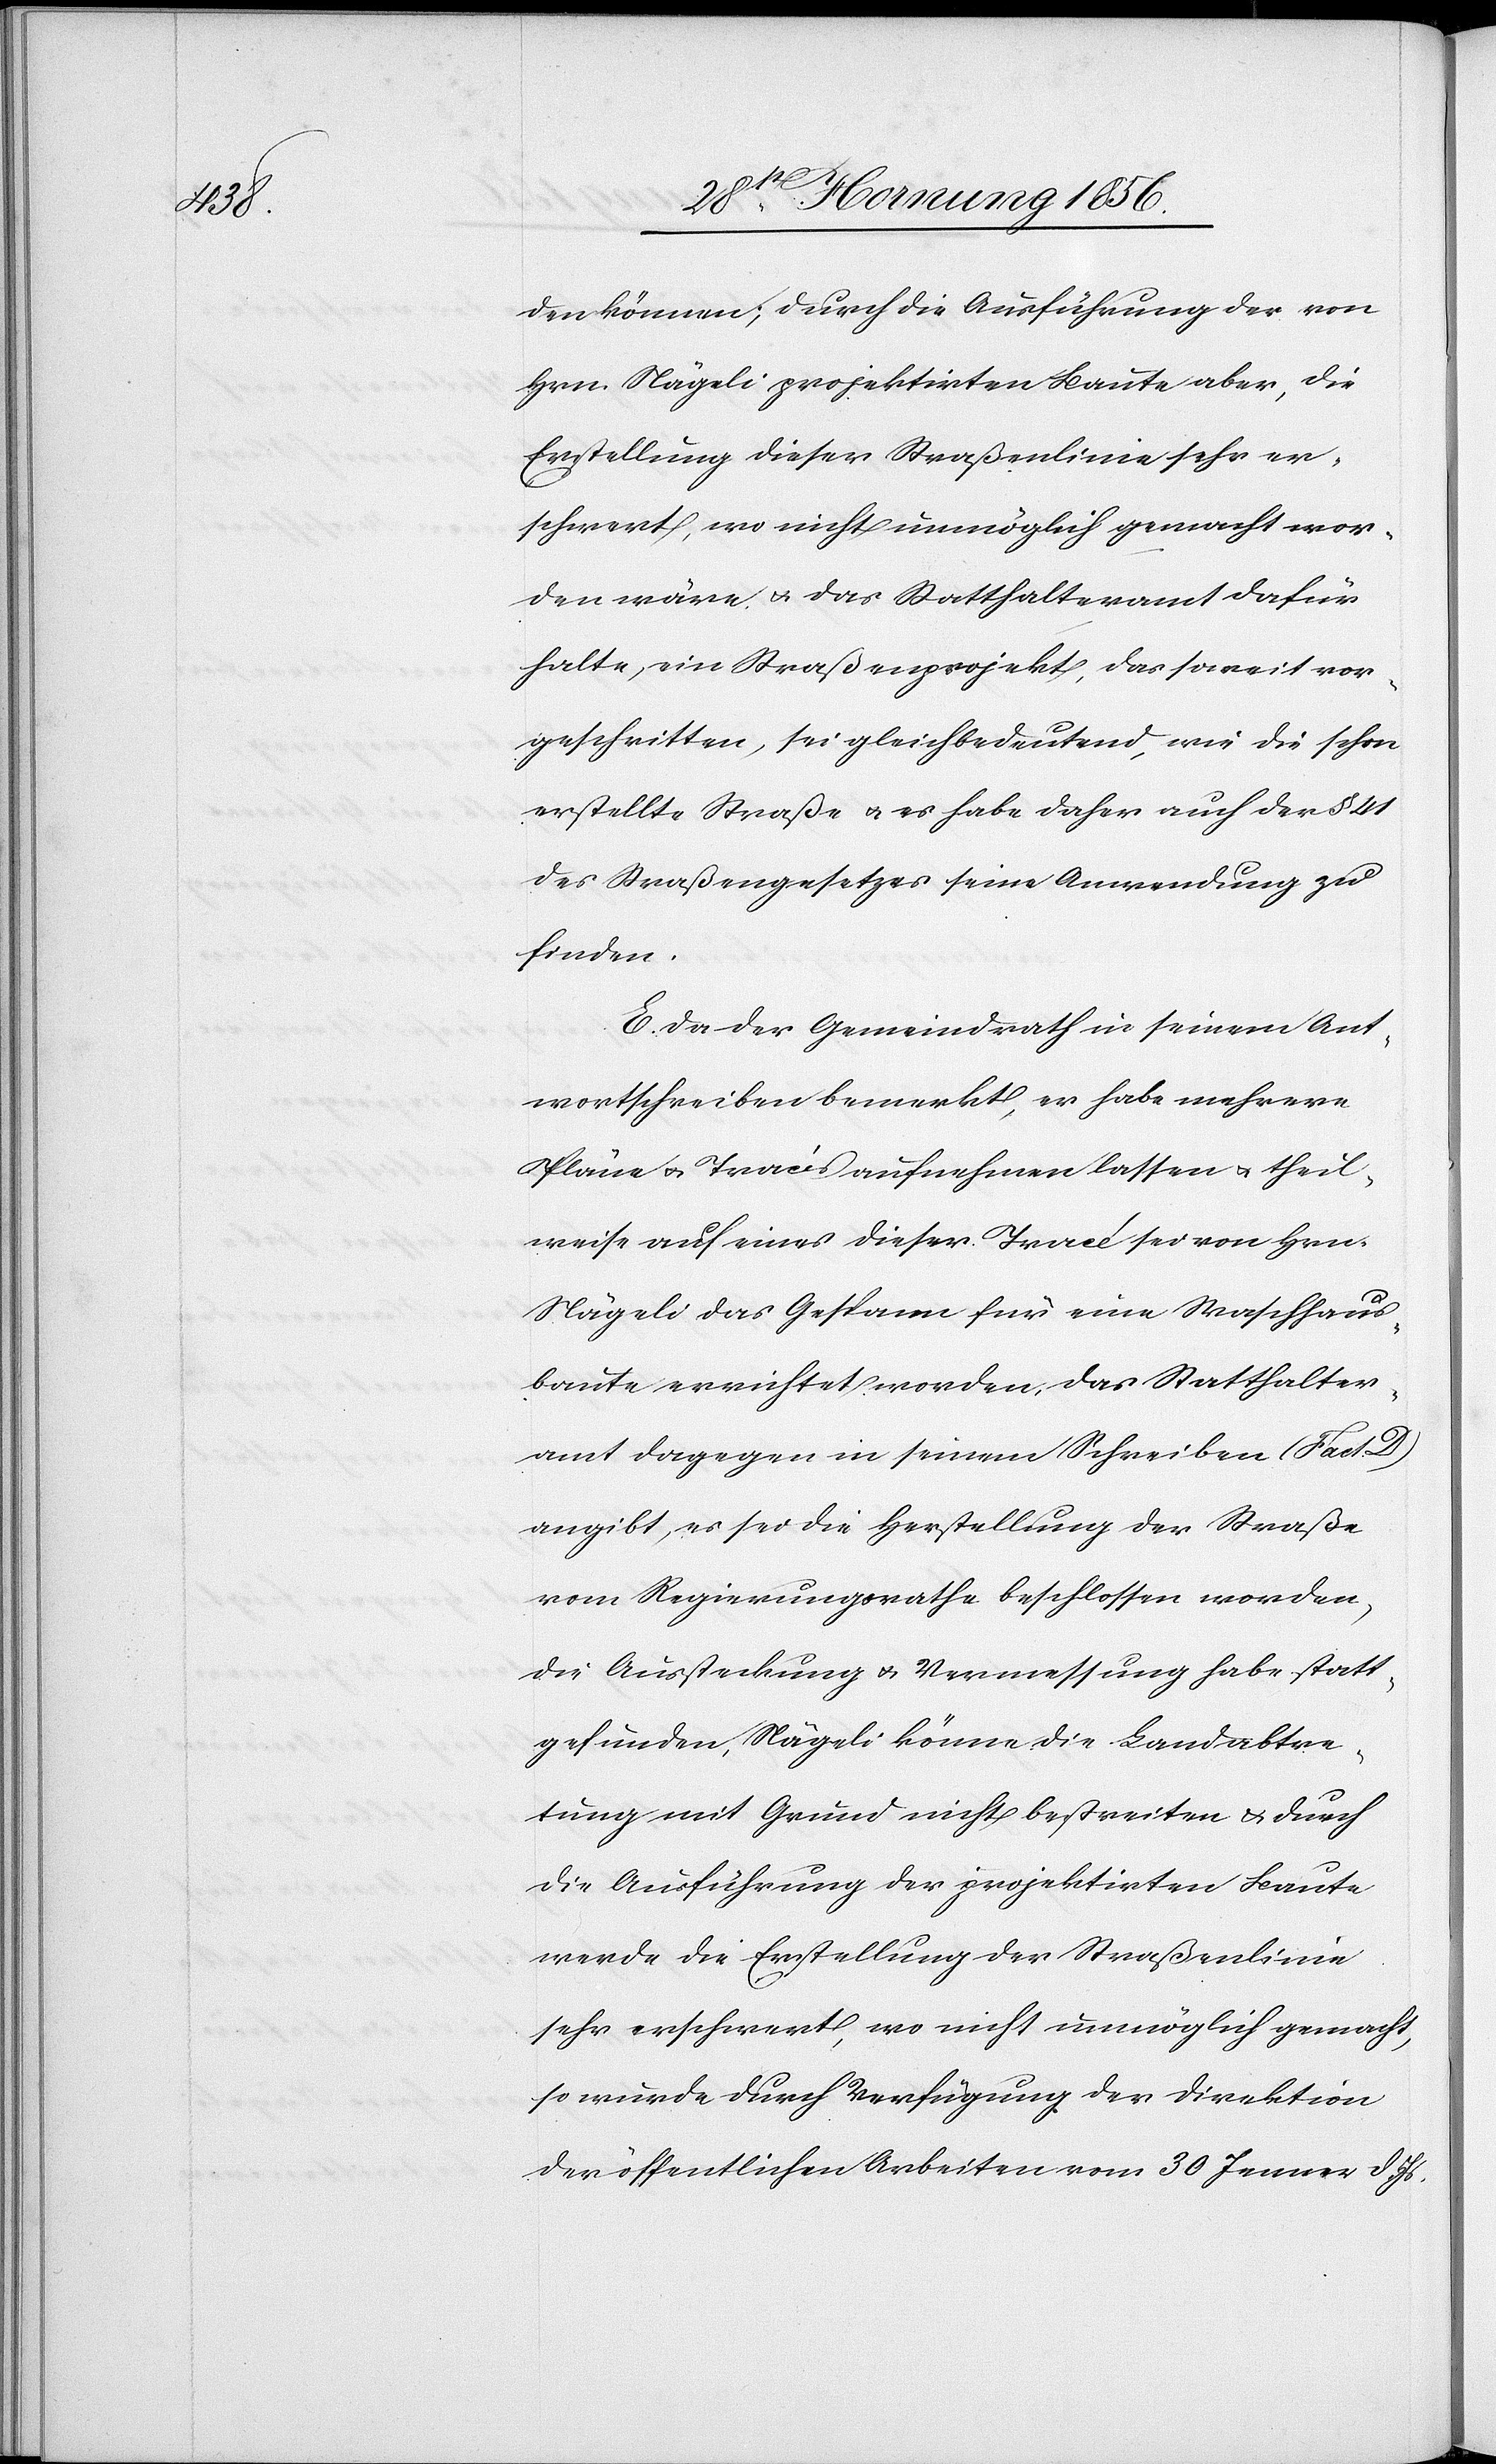
den können; durch die Ausführung der von
Hrn. Nägeli projektirten Baute aber, die
Erstellung dieser Straßenlinie sehr er¬
schwert, wo nicht unmöglich gemacht wor¬
den wäre. u. das Statthalteramt dafür
halte, ein Straßenprojekt, das soweit vor¬
geschritten, sei gleichbedeutend, wie die schon
erstellte Straße u. es habe daher auch der § 41
des Straßengesetzes seine Anwendung zu
finden.
E. Da der Gemeindrath in seinem Ant¬
wortschreiben bemerkt, er habe mehrere
Pläne u. Tracés aufnehmen lassen u. theil¬
weise auf eines dieser Tracés sei von Hrn.
Nägeli das Gespann für eine Waschhaus¬
baute errichtet worden, das Statthalter¬
amt dagegen in seinem Schreiben (Fact. D)
angibt, es sei die Herstellung der Straße
vom Regierungsrathe beschlossen worden,
die Aussteckung u. Vermessung habe statt¬
gefunden, Nägeli könne die Landabtre¬
tung mit Grund nicht bestreiten u. durch
die Ausführung der projektirten Baute
werde die Erstellung der Straßenlinie
sehr erschwert, wo nicht unmöglich gemacht,
so wurde durch Verfügung der Direktion
der öffentlichen Arbeiten vom 30 Jenner d. Js